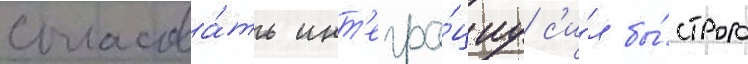
согласова́ть инт'егра́циу с'и́л бы́строго